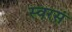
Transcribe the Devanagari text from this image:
स्वरसं